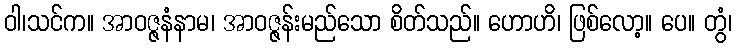
ဝါ၊သင်က။ အာဝဇ္ဇနံနာမ၊ အာဝဇ္ဇန်းမည်သော စိတ်သည်။ ဟောဟိ၊ ဖြစ်လော့။ ပေ။ တွံ၊